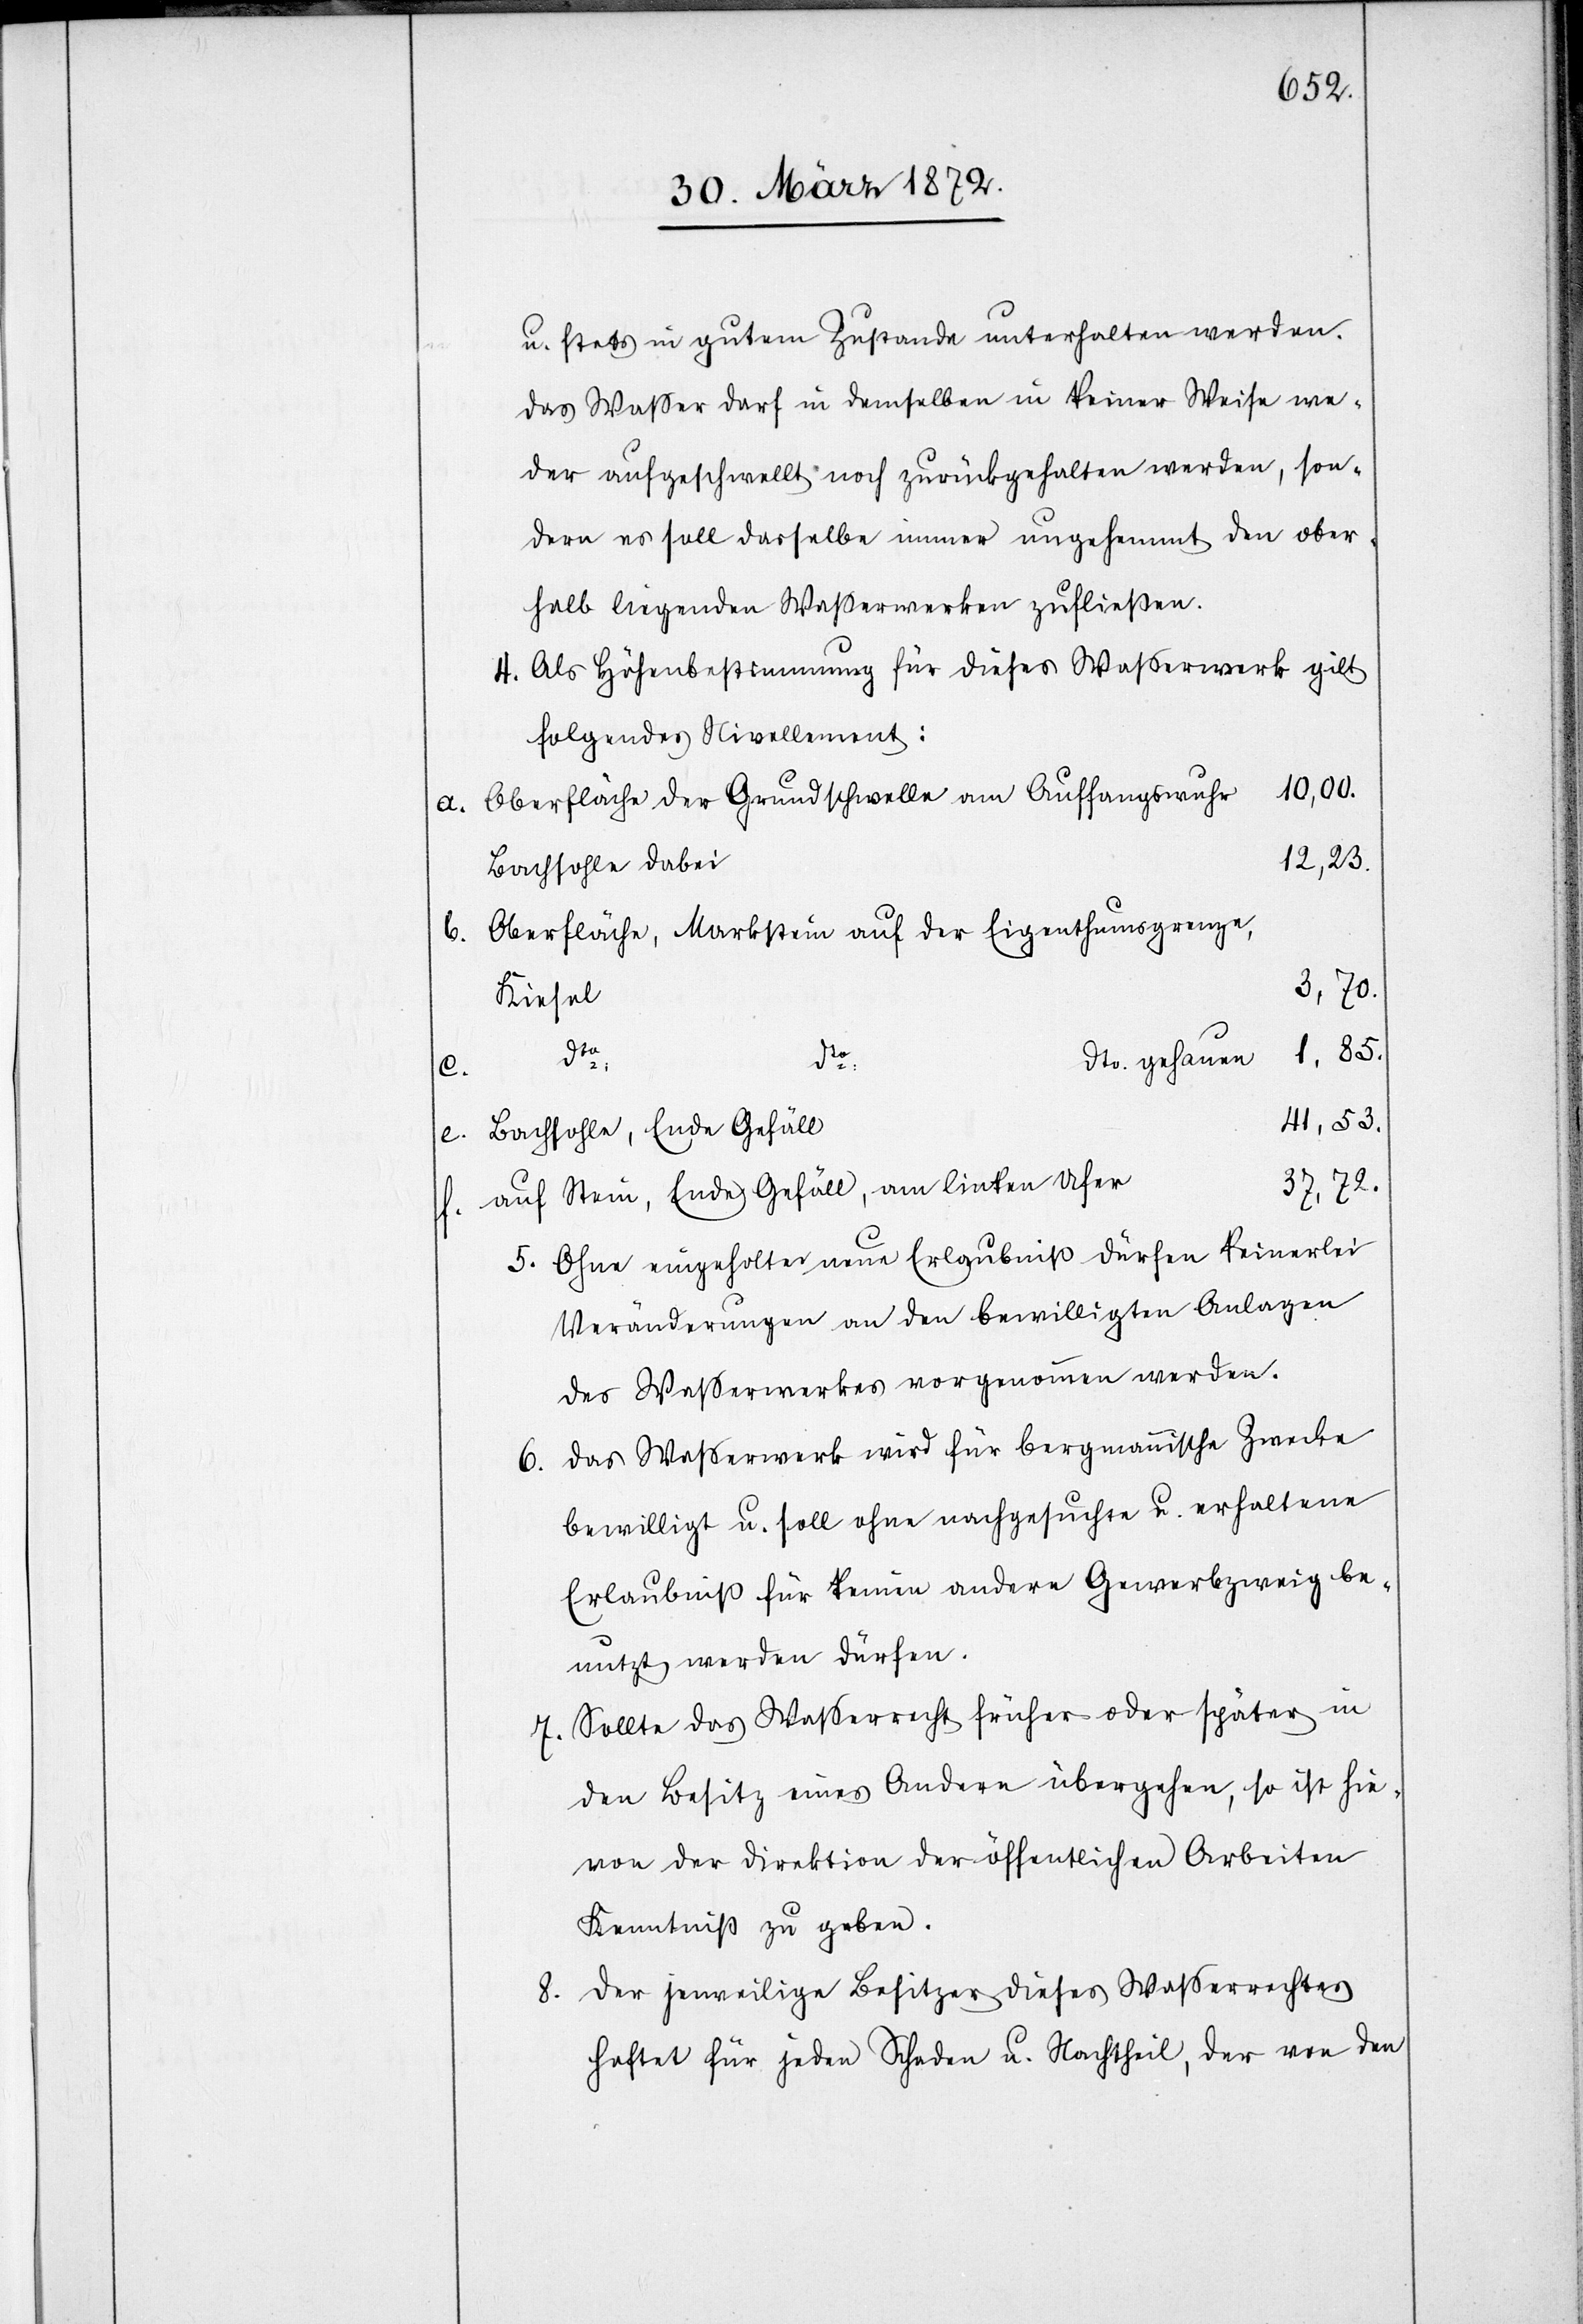
u. stets in gutem Zustande unterhalten werden.
Das Wasser darf in demselben in keiner Weise we¬
der aufgeschwellt noch zurückgehalten werden, son¬
dern es soll derselbe immer ungehemmt den ober¬
halb liegenden Wasserwerken zufließen.
4. Als Höhenbestimmung für dieses Wasserwerk gilt
folgendes Nivellement:
a. Oberfläche der Grundschwelle am Auffangswuhr
1,85.
Bachsohle dabei
b. Oberfläche, Markstein auf der Eigenthumsgrenze,
Kiesel
3,70.
c.
dto:
dto. gehauen
41,53.
Bachsohle, Ende Gefäll
e.
37,72.
f. auf Stein, Ende Gefäll, am linken Ufer
5. Ohne eingeholte[?r] neue Erlaubniß dürfen keinerlei
Veränderungen an den bewilligten Anlagen
des Wasserwerkes vorgenommen werden.
6. Das Wasserwerk wird für bergmannische Zwecke
bewilligt u. soll ohne nachgesuchte u. erhaltene
Erlaubniß für keinen andern Gewerbzweig be¬
nutzt werden dürfen.
7. Sollte das Wasserrecht früher oder später in
den Besitz eines Andern übergehen, so ist hie¬
von der Direktion der öffentlichen Arbeiten
Kenntniß zu geben.
8. Der jeweilige Besitzer dieses Wasserrechtes
haftet für jeden Schaden u. Nachtheil, der von den